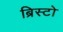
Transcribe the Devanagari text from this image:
ब्रिस्टो